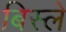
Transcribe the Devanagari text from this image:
बिस्ले